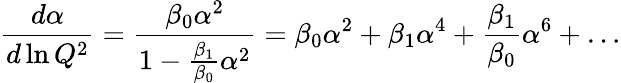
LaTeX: {\frac{d\alpha}{d\ln Q^{2}}}={\frac{\beta_{0}\alpha^{2}}{1-{\frac{\beta_{1}}{\beta_{0}}}\alpha^{2}}}=\beta_{0}\alpha^{2}+\beta_{1}\alpha^{4}+{\frac{\beta_{1}}{\beta_{0}}}\alpha^{6}+\dots